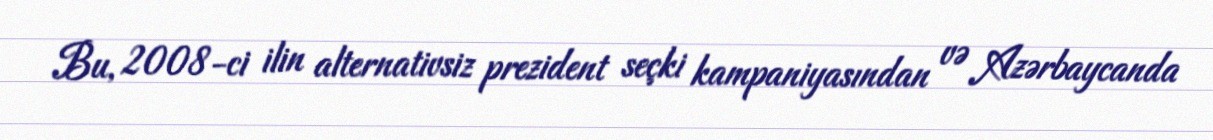
Bu, 2008-ci ilin alternativsiz prezident seçki kampaniyasından və Azərbaycanda